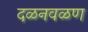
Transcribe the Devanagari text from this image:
दळनवळण